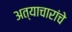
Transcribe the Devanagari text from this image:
अत्याचारांचे